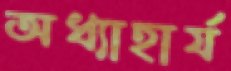
অধ্যাহার্য